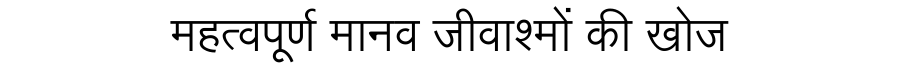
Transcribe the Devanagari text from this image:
महत्वपूर्ण मानव जीवाश्मों की खोज